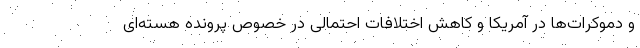
و دموکرات‌ها در آمریکا و کاهش اختلافات احتمالی در خصوص پرونده هسته‌ای